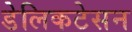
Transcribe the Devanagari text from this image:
डेलिकटेसन